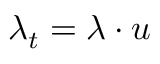
\lambda _ { t } = \lambda \cdot u